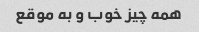
همه چیز خوب و به موقع